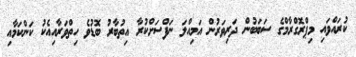
ކުރައްވައި މިޕްރޮގްރާމްގެ ސަބަބުން ދަރިވަރުން އަމިއްލަ ނަފްސަށްކުރާ އިތުބާރު ބޮޑުވެ ހިތްވަރާއިއެކު ކަންކަމާއި